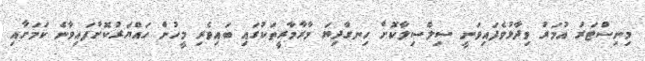
މިނިސްޓަރު އުމަރު ވިދާޅުވެފައިވަނީ ސިލްސިލާކޮށް ހިނގާދިޔަ މާރާމާރީތަކުގައި ބައިވެރި މީހުން ހައްޔަރުކޮށްފައިވާނެ ކަމަށާއި